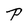
Character: P